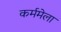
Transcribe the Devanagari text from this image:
कर्ममेला